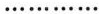
............